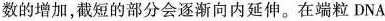
数的增加，截短的部分会逐渐向内延伸。在端粒DNA